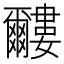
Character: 𱭌